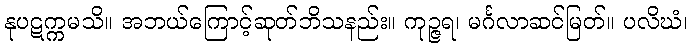
နုပဋက္ကမသိ။ အဘယ်ကြောင့်ဆုတ်ဘိသနည်း။ ကုဉ္ဇရ၊ မင်္ဂလာဆင်မြတ်။ ပလိဃံ၊